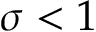
\sigma < 1